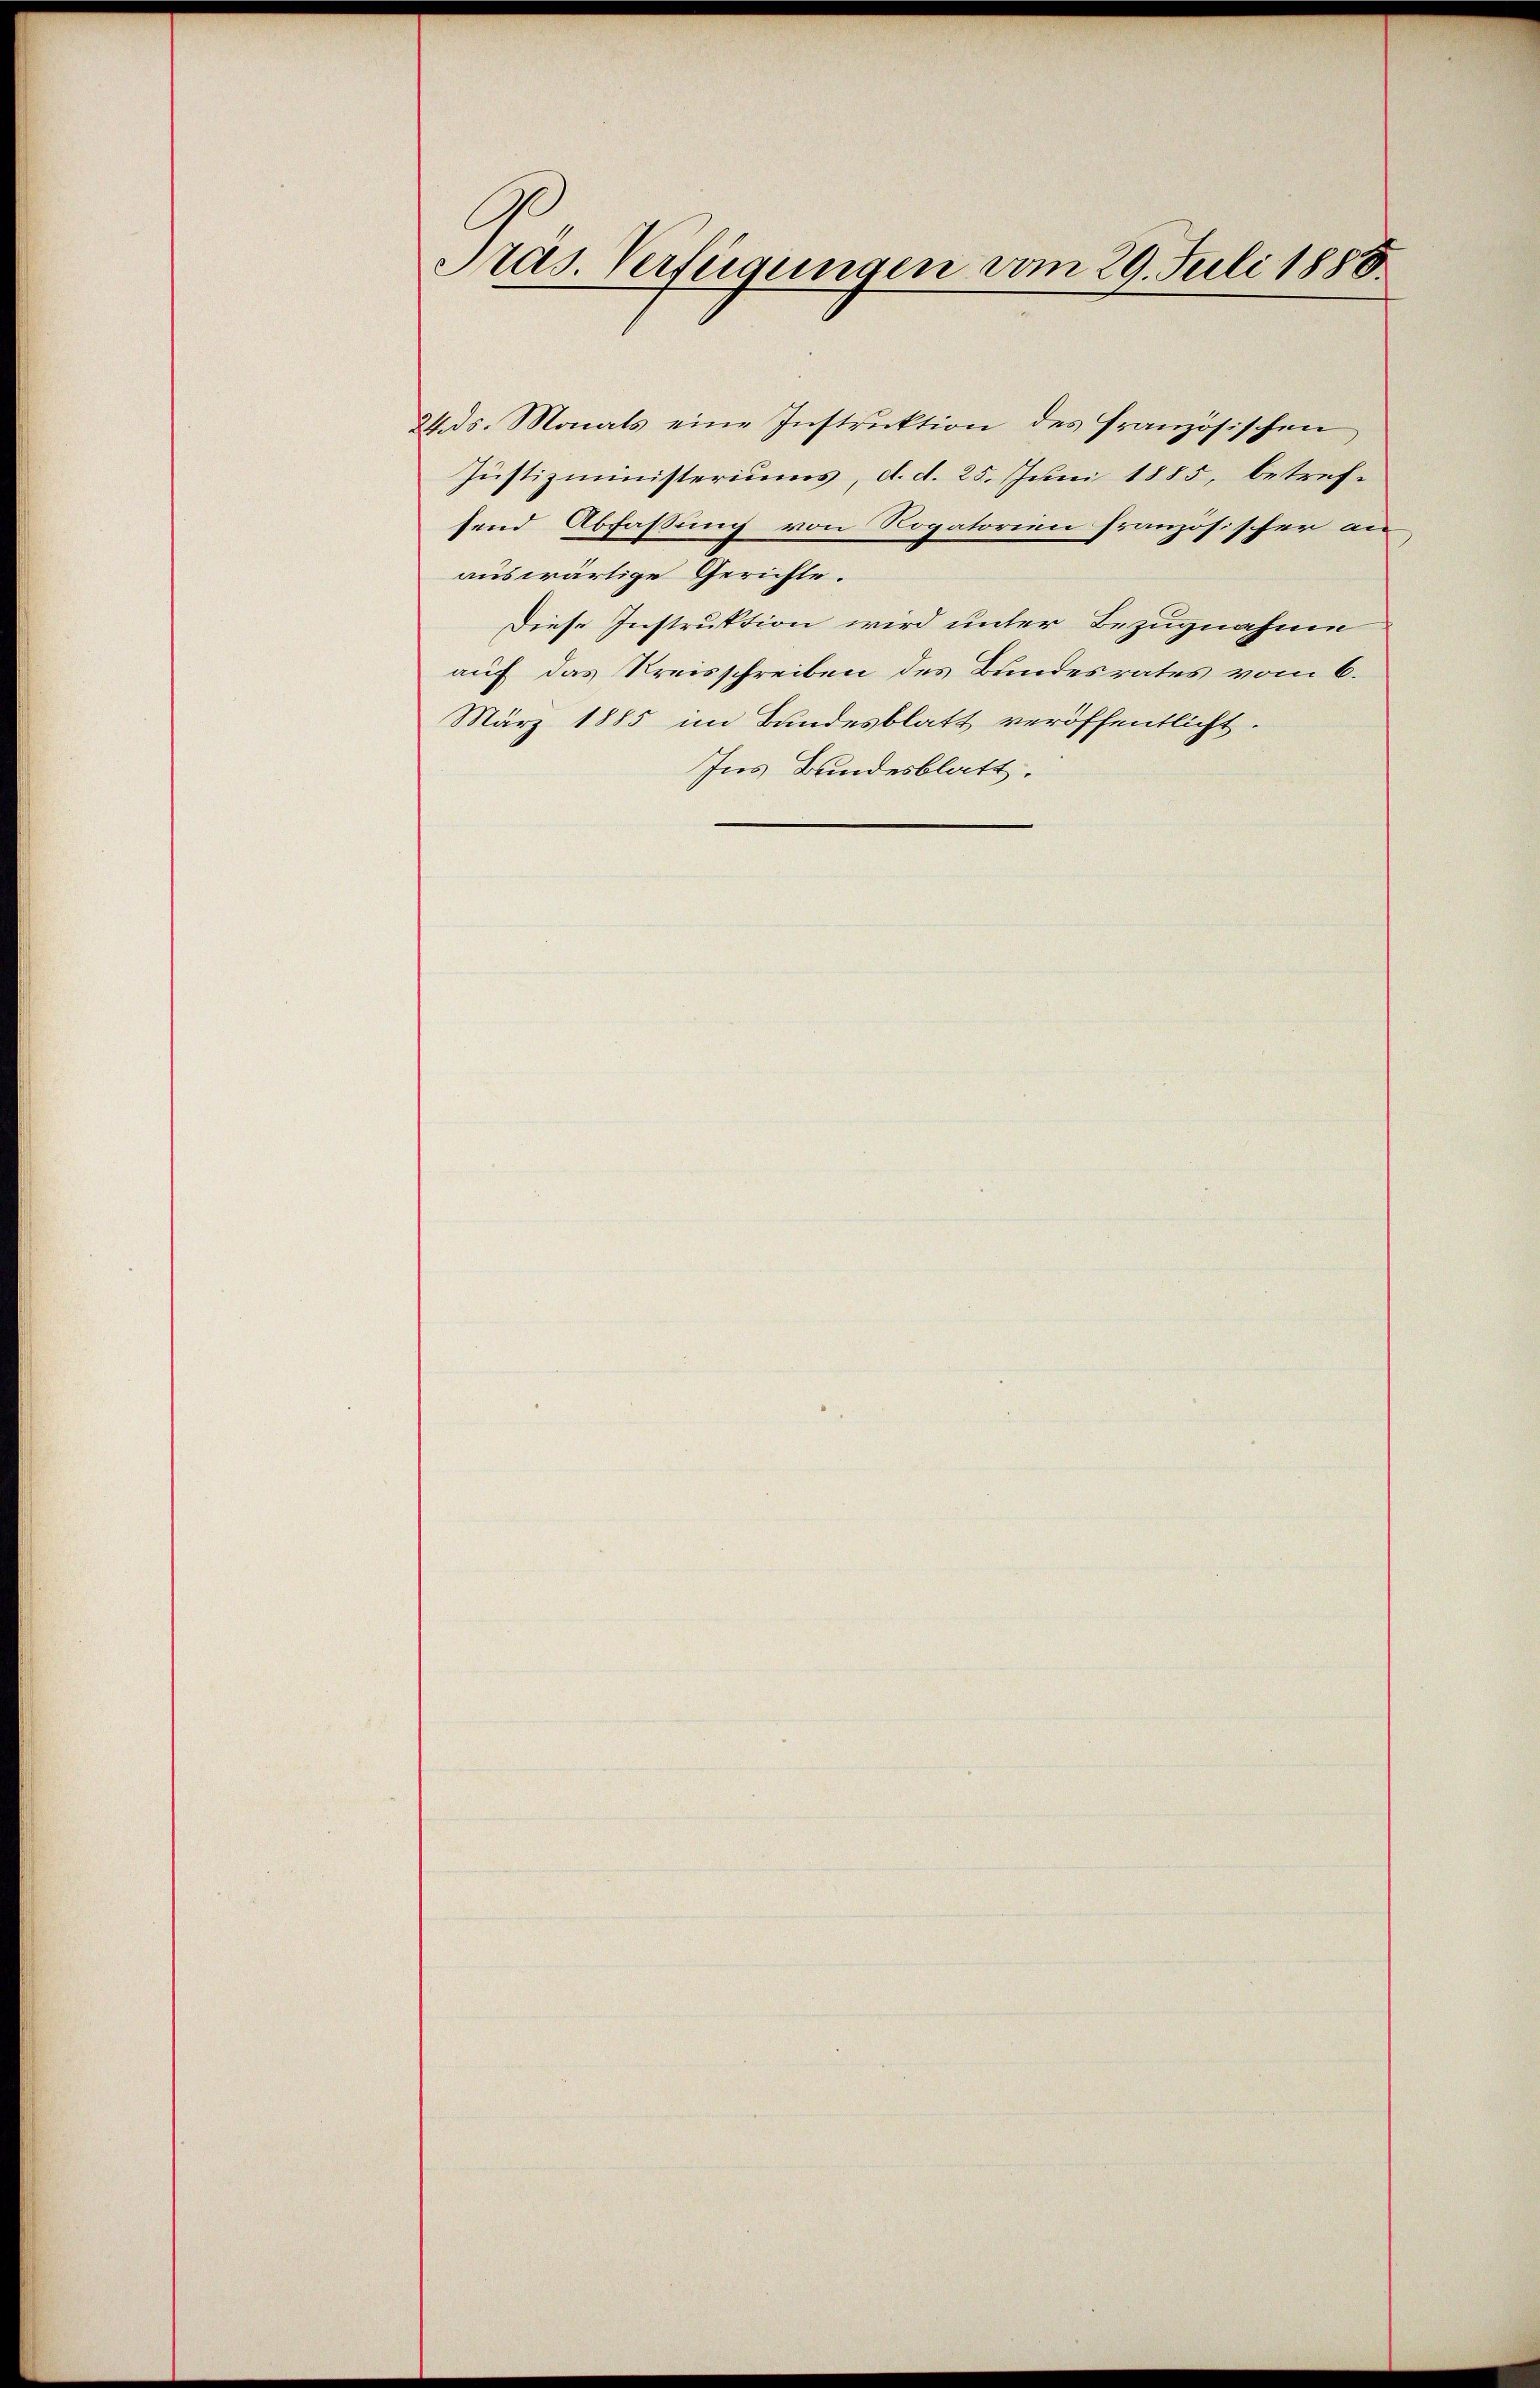
Präs. Verfügungen vom 29. Juli 1888.

24. ds. Monats eine Instruktion des französischen
Justizministeriums, d. d. 25. Juni 1885, betrefsend Abfaßung von Rogatorien französischer an
auswärtige Gerichte.
Diese Instruktion wird unter Bezugnahme
auf das Kreisschreiben des Bundesrates vom 6.
März 1885 im Bundesblatt veröffentlicht.
Ins Bundesblatt.